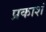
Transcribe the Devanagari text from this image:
प्रकाशं